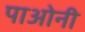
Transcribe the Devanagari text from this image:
पाओनी